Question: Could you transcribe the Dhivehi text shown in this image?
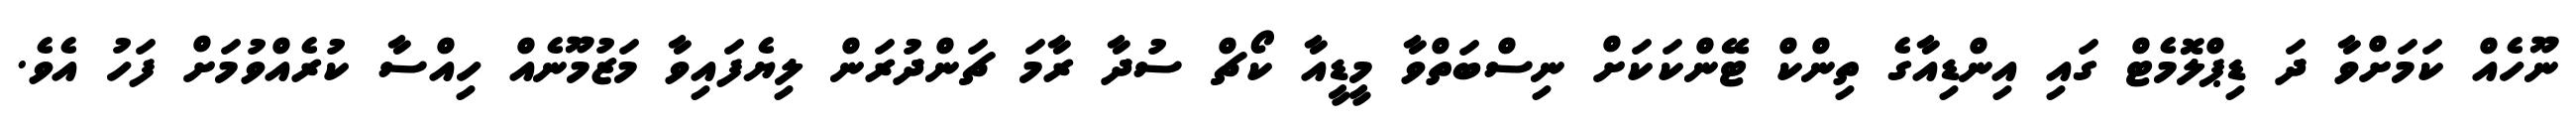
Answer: ނޫހެއް ކަމަށްވާ ދަ ޑިޕްލޮމެޓް ގައި އިންޑިއާގެ ތިންކް ޓޭންކަކަށް ނިސްބަތްވާ މީޑީއާ ކޯޗް ސުދާ ރާމަ ޗަންދުރަން ލިޔެފައިވާ މަޒުމޫނެއް ހިއްސާ ކުރެއްވުމަށް ފަހު އެވެ.